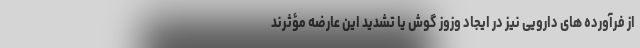
از فرآورده های دارویی نیز در ایجاد وزوز گوش یا تشدید این عارضه مؤثرند